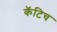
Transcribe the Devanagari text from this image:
कॅटिच